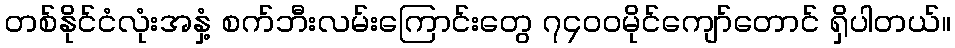
တစ်နိုင်ငံလုံးအနှံ့ စက်ဘီးလမ်းကြောင်းတွေ ၇၄၀၀မိုင်ကျော်တောင် ရှိပါတယ်။